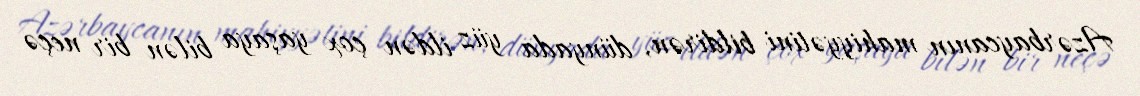
Azərbaycanın mahiyyətini bildirən, dünyada yüz ildən çox yaşaya bilən bir neçə